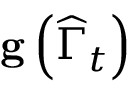
\mathbf { g } \left( \widehat { \Gamma } _ { t } \right)